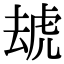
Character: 䖔